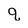
Character: q